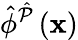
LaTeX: \hat{\phi}^{\hat{\mathcal{P}}}\left(\mathbf{x}\right)